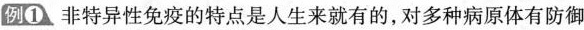
例①。非特异性免疫的特点是人生来就有的，对多种病原体有防御